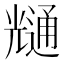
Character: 𭀶